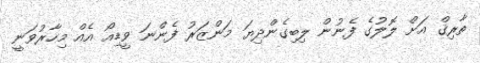
ތާރިޤް އަށް ލޮލުގެ ފެނުން ލިބިގެންދިޔަ މަންޒަރު ފެންނަ ވީޑިއޯ އެއް މިހާރުވަނީ